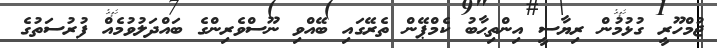
ޖުމްހޫރީ ގުޅުމުން ރިޔާސީ އިންތިޙާބު ކެމްޕޭން ތެރޭގައި ބޭއްވި ނޫސްވެރިންގެ ބައްދަލުވުމެއް ފުރުސަތުގެ